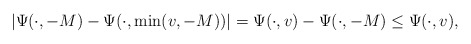
\begin{align*}|\Psi(\cdot,-M)-\Psi(\cdot,\min(v,-M))|=\Psi(\cdot,v)-\Psi(\cdot,-M)\leq\Psi(\cdot,v),\end{align*}